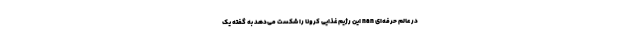
در عالم حرفه‌ای nan این رژیم غذایی کرونا را شکست می‌دهد به گفته یک